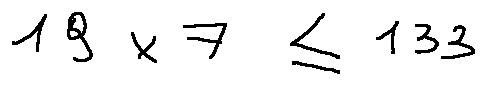
1 9 \times 7 \leq 1 3 3